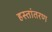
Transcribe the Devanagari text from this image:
हस्‍तांतरण